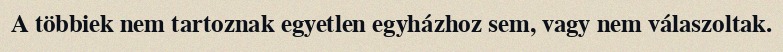
A többiek nem tartoznak egyetlen egyházhoz sem, vagy nem válaszoltak.